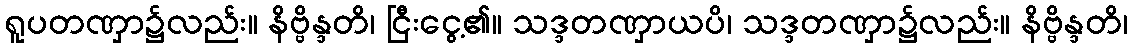
ရူပတဏှာ၌လည်း။ နိဗ္ဗိန္ဒတိ၊ ငြီးငွေ့၏။ သဒ္ဒတဏှာယပိ၊ သဒ္ဒတဏှာ၌လည်း။ နိဗ္ဗိန္ဒတိ၊